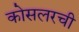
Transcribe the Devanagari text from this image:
कोसलरची